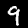
Digit: 9